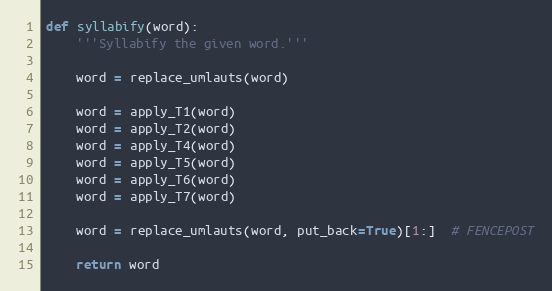
Language: Python
def syllabify(word):
    '''Syllabify the given word.'''

    word = replace_umlauts(word)

    word = apply_T1(word)
    word = apply_T2(word)
    word = apply_T4(word)
    word = apply_T5(word)
    word = apply_T6(word)
    word = apply_T7(word)

    word = replace_umlauts(word, put_back=True)[1:]  # FENCEPOST

    return word